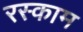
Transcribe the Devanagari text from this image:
रस्काम